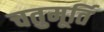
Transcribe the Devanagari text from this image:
चतुमूर्ति